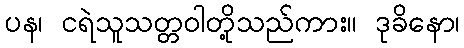
ပန၊ ငရဲသူသတ္တဝါတို့သည်ကား။ ဒုခိနော၊